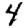
Digit: 4